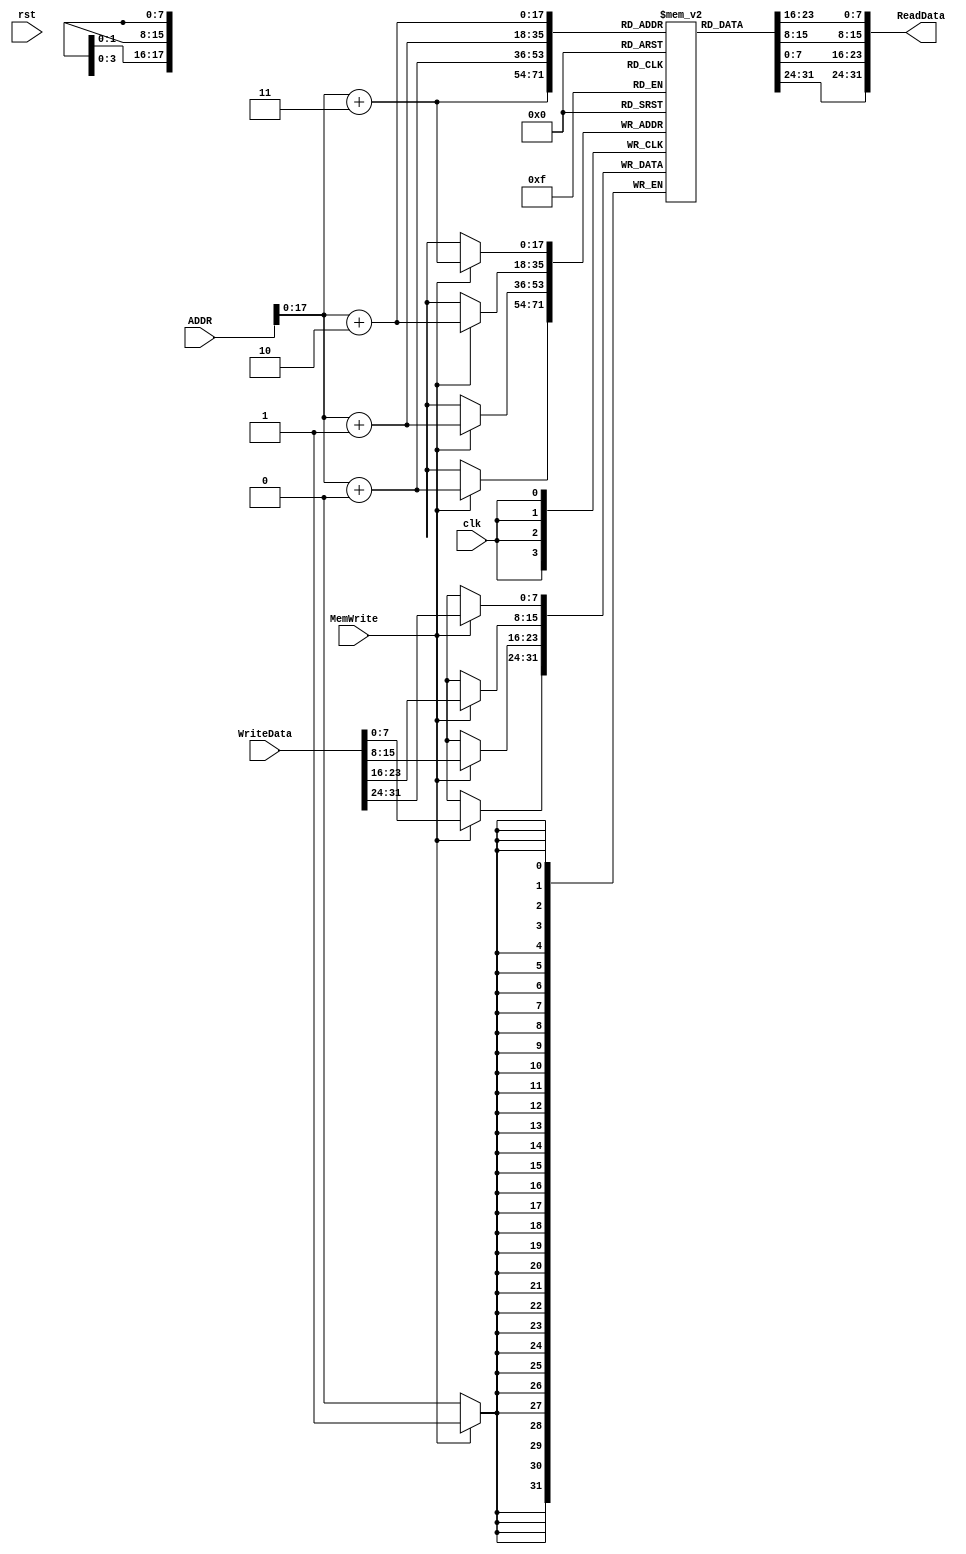
module data_mem(
    output [31:0] ReadData,
    input  [31:0] ADDR, WriteData,
    input  clk, rst, MemWrite
);

reg [7:0] MEM_Data [0:65535*4];

assign ReadData = {MEM_Data[ADDR+3], MEM_Data[ADDR+2], MEM_Data[ADDR+1], MEM_Data[ADDR+0]};

always @ (posedge clk) begin
    if (MemWrite) begin
        MEM_Data[ADDR+3] <= WriteData[31-:8];
        MEM_Data[ADDR+2] <= WriteData[23-:8];
        MEM_Data[ADDR+1] <= WriteData[15-:8];
        MEM_Data[ADDR+0] <= WriteData[7-:8];
    end
end

endmodule